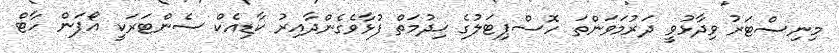
މިނިސްޓަރު ވިދާޅުވީ ދަރުމަވަންތަ ހޮސްޕިޓަލުގެ ޚިދުމަތް ފުޅާވެގެންދާއިރު ކާޑިއެކް ސެންޓަރަކީ އޯޕަން ހާޓް